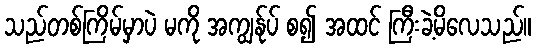
သည်တစ်ကြိမ်မှာပဲ မကို အကျွန်ုပ် စ၍ အထင် ကြီးခဲ့မိလေသည်။